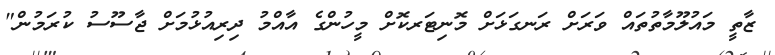
ޒާތީ މައުލޫމާތުތައް ވަރަށް ރަނގަޅަށް މޮނިޓަރކޮށް މީހުންގެ އާއްމު ދިރިއުޅުމަށް ޖާސޫސު ކުރަމުން"